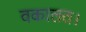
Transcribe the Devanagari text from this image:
वकालत।